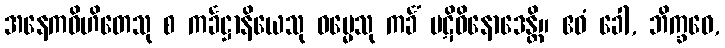
အနေကဝိဟိတေသု စ ကင်္ခဋ္ဌာနိယေသု ဓမ္မေသု ကင်္ခံ ပဋိဝိနောဒေန္တိ။ ဧဝံ ခေါ, ဘိက္ခဝေ,